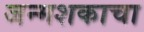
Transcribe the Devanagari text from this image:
जन्मशकाचा